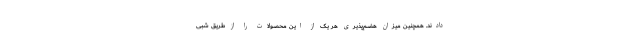
دادند. همچنین میزان هضم‌پذیری هر یک از این محصولات را از طریق شبی